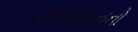
વનરાવનનો